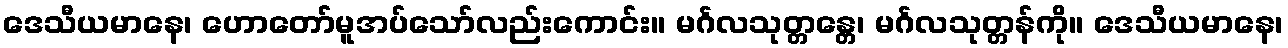
ဒေသီယမာနေ၊ ဟောတော်မူအပ်သော်လည်းကောင်း။ မင်္ဂလသုတ္တန္တေ၊ မင်္ဂလသုတ္တန်ကို။ ဒေသီယမာနေ၊